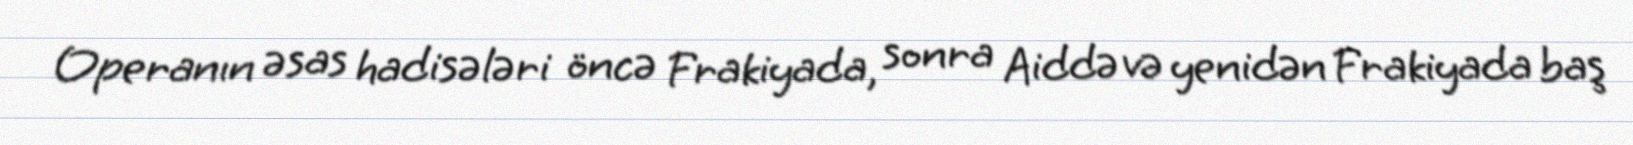
Operanın əsas hadisələri öncə Frakiyada, sonra Aiddə və yenidən Frakiyada baş